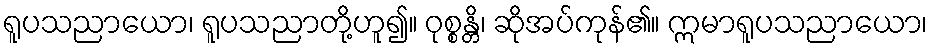
ရူပသညာယော၊ ရူပသညာတို့ဟူ၍။ ဝုစ္စန္တိ၊ ဆိုအပ်ကုန်၏။ ဣမာရူပသညာယော၊